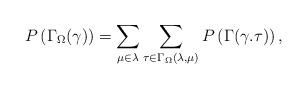
LaTeX: \begin{align*}P\left( \Gamma_{\Omega}(\gamma)\right) =\sum_{\mu\in\lambda}\sum_{\tau\in\Gamma_{\Omega}(\lambda,\mu)}P\left(\Gamma(\gamma.\tau)\right) ,\end{align*}